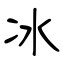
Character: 冰